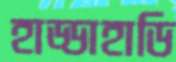
হাড্ডাহাডি